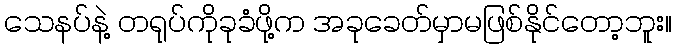
သေနပ်နဲ့ တရုပ်ကိုခုခံဖို့က အခုခေတ်မှာမဖြစ်နိုင်တော့ဘူး။